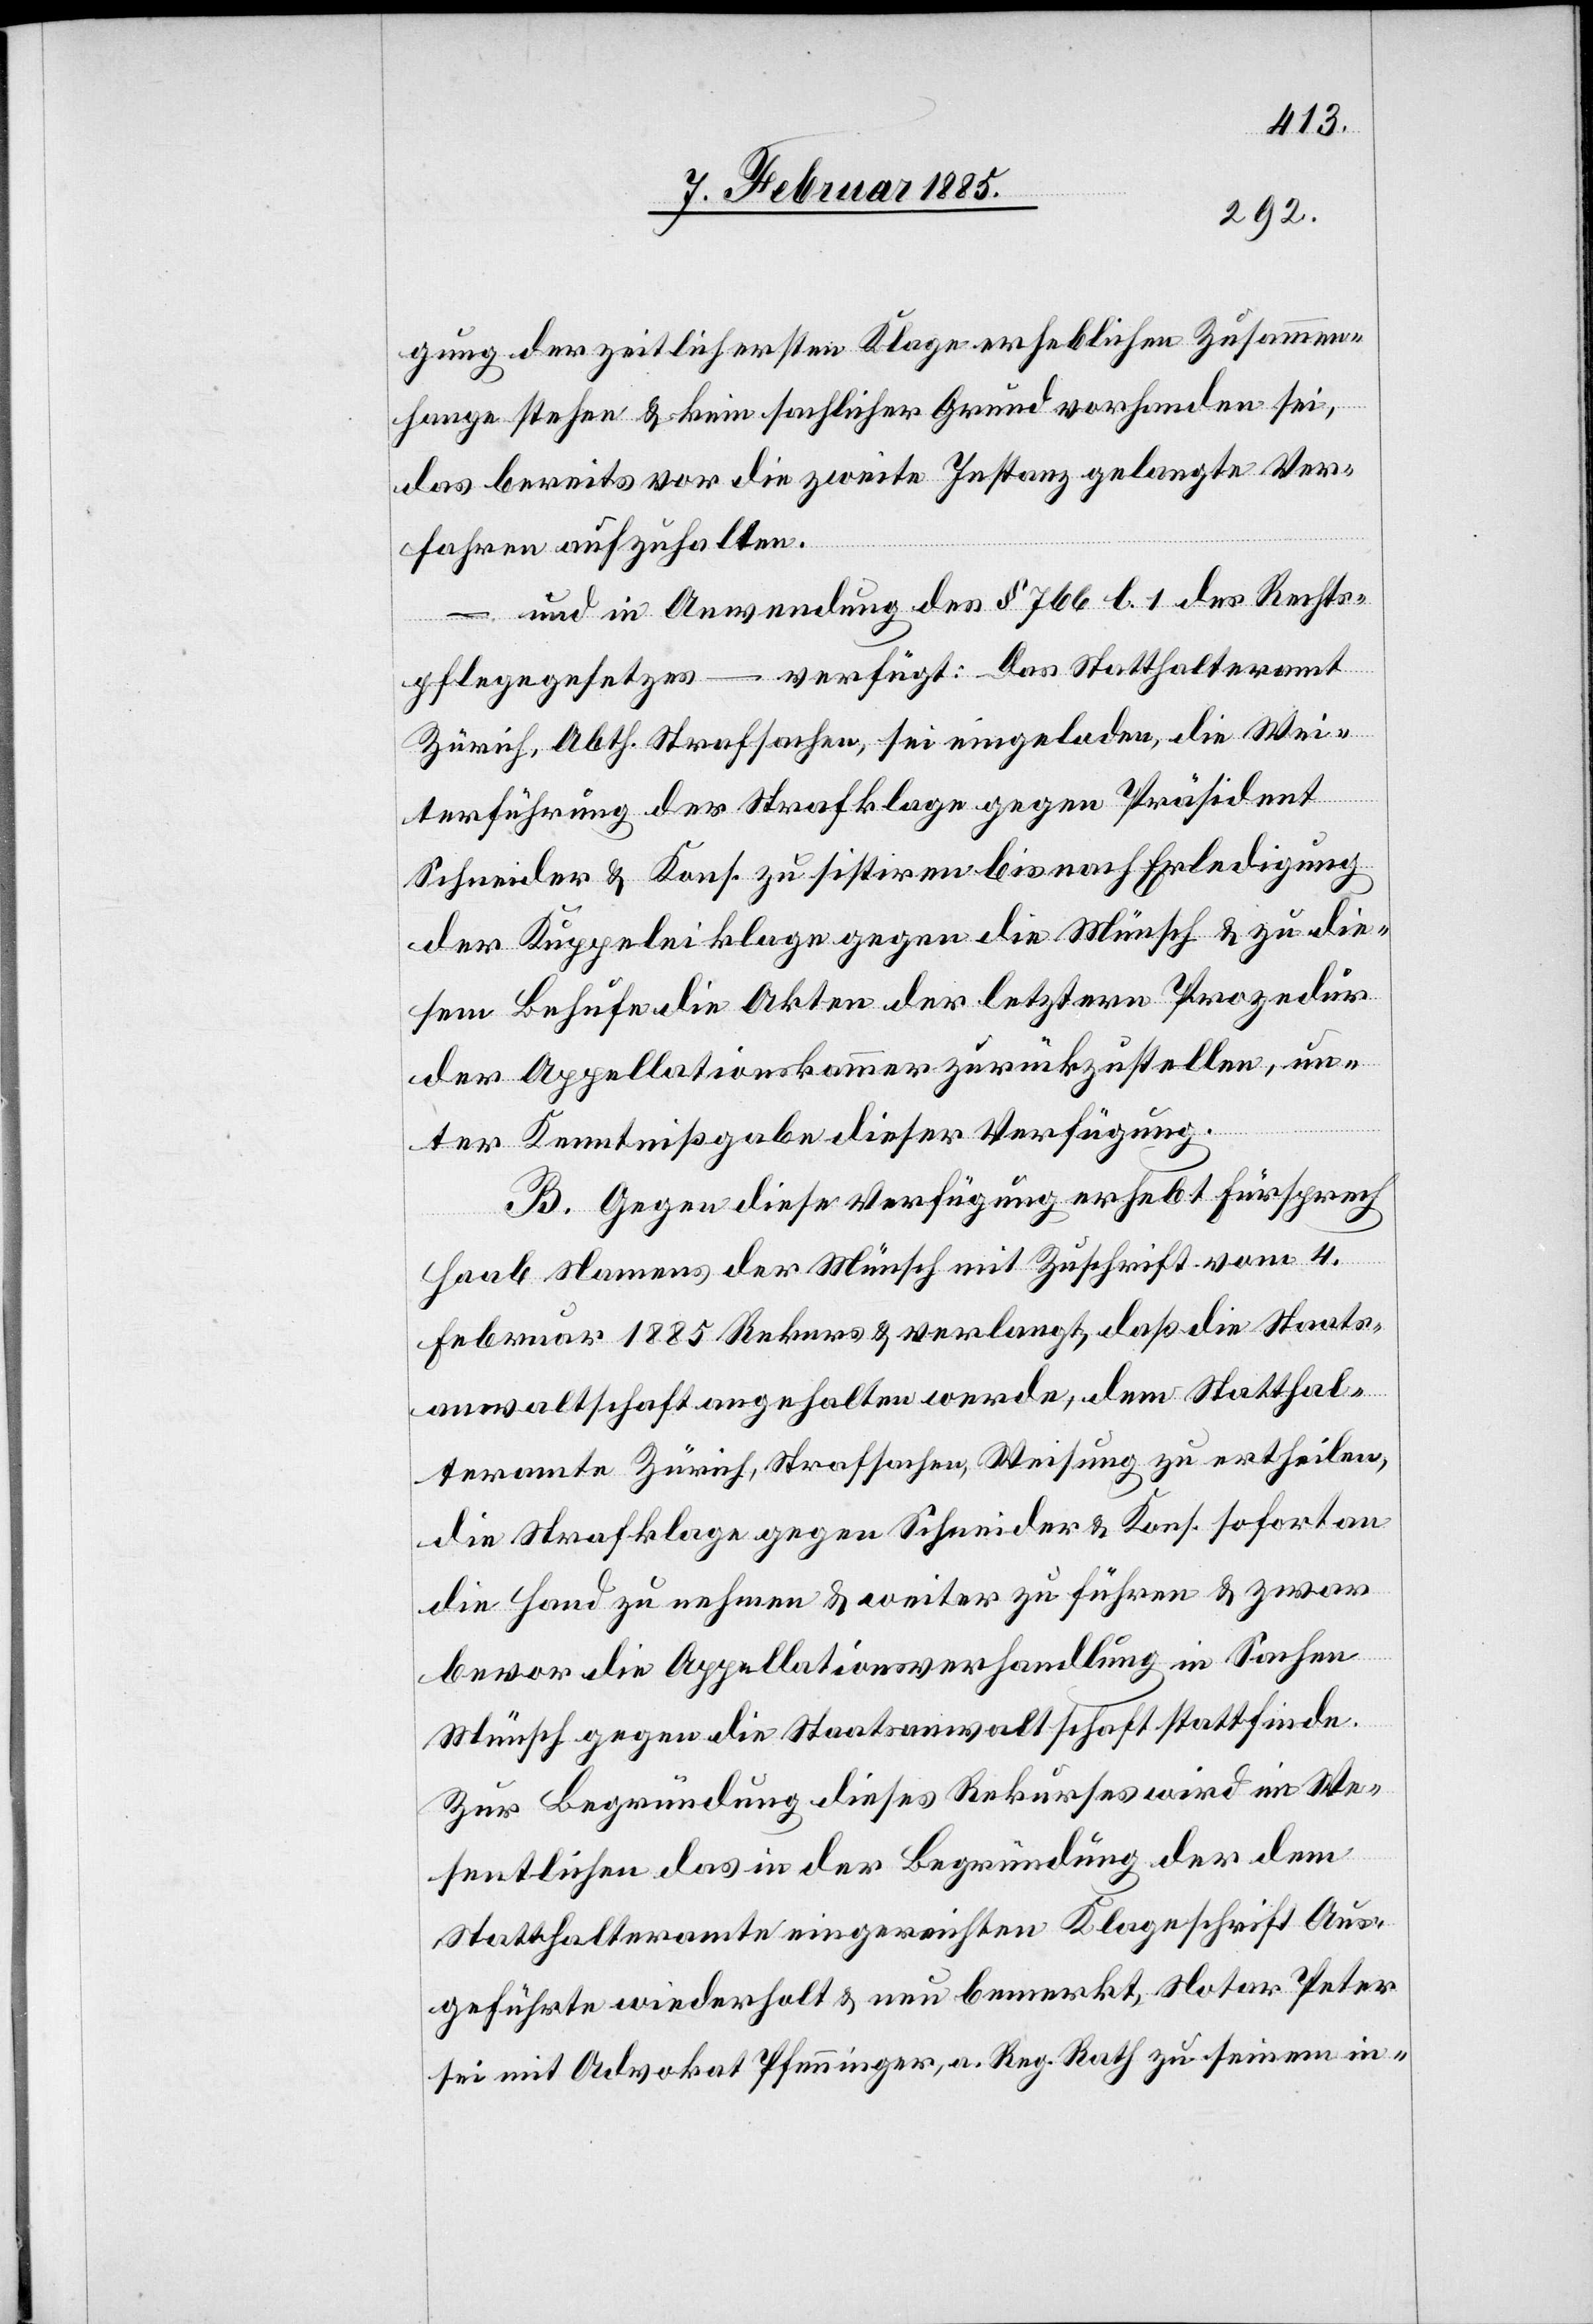
gung der zeitlich ersten Klage erheblichen Zusammen¬
hange stehen & kein sachlicher Grund vorhanden sei,
das bereits vor die zweite Instanz gelangte Ver¬
fahren aufzuhalten.
– und in Anwendung des § 766 l. 1 des Rechts¬
pflegegesetzes – verfügt: Das Statthalteramt
Zürich, Abth. Strafsachen, sei eingeladen, die Wei¬
terführung der Strafklage gegen Präsident
Schneider & Kons. zu sistiren bis nach Erledigung
der Kuppeleiklage gegen die Münsch & zu die¬
sem Behufe die Akten der letztern Prozedur
der Appellationskammer zurückzustellen, un¬
ter Kenntnißgabe dieser Verfügung.
B. Gegen diese Verfügung erhebt Fürsprech
Haab Namens der Münsch mit Zuschrift vom 4.
Februar 1885 Rekurs & verlangt, daß die Staats¬
anwaltschaft angehalten werde, dem Statthal¬
teramte Zürich, Strafsachen, Weisung zu ertheilen,
die Strafklage gegen Schneider & Kons. sofort an
die Hand zu nehmen & weiter zu führen & zwar
bevor die Appellationsverhandlung in Sachen
Münsch gegen die Staatsanwaltschaft stattfinde.
Zur Begründung dieses Rekurses wird im We¬
sentlichen das in der Begründung der dem
Statthalteramte eingereichten Klageschrift Aus¬
geführte wiederholt & neu bemerkt, Notar Peter
sei mit Advokat Pfenninger, a. Reg. Rath zu seinem in-